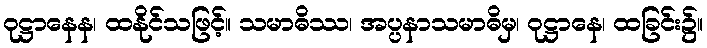
ဝုဋ္ဌာနေန၊ ထနိုင်သဖြင့်။ သမာဓိဿ၊ အပ္ပနာသမာဓိမှ၊ ဝုဋ္ဌာနေ၊ ထခြင်း၌။